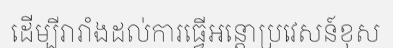
ដើម្បីរារាំងដល់ការធ្វើអន្តោប្រវេសន៍ខុស